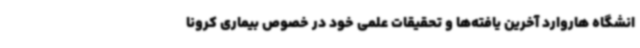
انشگاه هاروارد آخرین یافته‌ها و تحقیقات علمی خود در خصوص بیماری کرونا